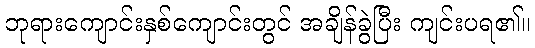
ဘုရားကျောင်းနှစ်ကျောင်းတွင် အချိန်ခွဲပြီး ကျင်းပရ၏။